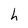
Character: h